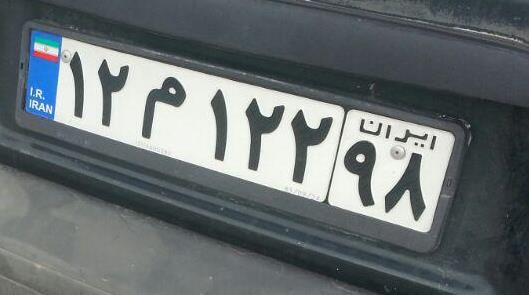
۱۲م۱۲۲۹۸